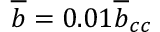
\overline { { b } } = 0 . 0 1 \overline { { b } } _ { c c }